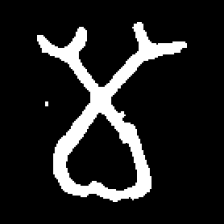
Pyu character \u2014 Myanmar letter: မ (romanized: ma)